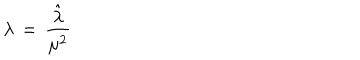
\lambda \, = \, { \frac { \hat { \lambda } } { \mu ^ { 2 } } }